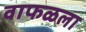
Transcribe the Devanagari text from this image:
वाफळला